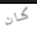
كان